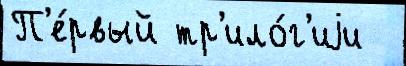
П'е́рвый тр'ило́г'иjи